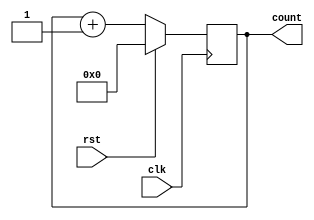
module counter(clk,rst,count);
input clk,rst;
output reg [0:8] count;

always @(posedge clk) 
    if(rst) count = 0;
    else count = count+1;
endmodule